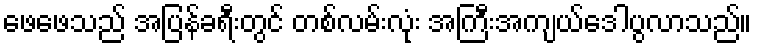
ဖေဖေသည် အပြန်ခရီးတွင် တစ်လမ်းလုံး အကြီးအကျယ်ဒေါပွလာသည်။